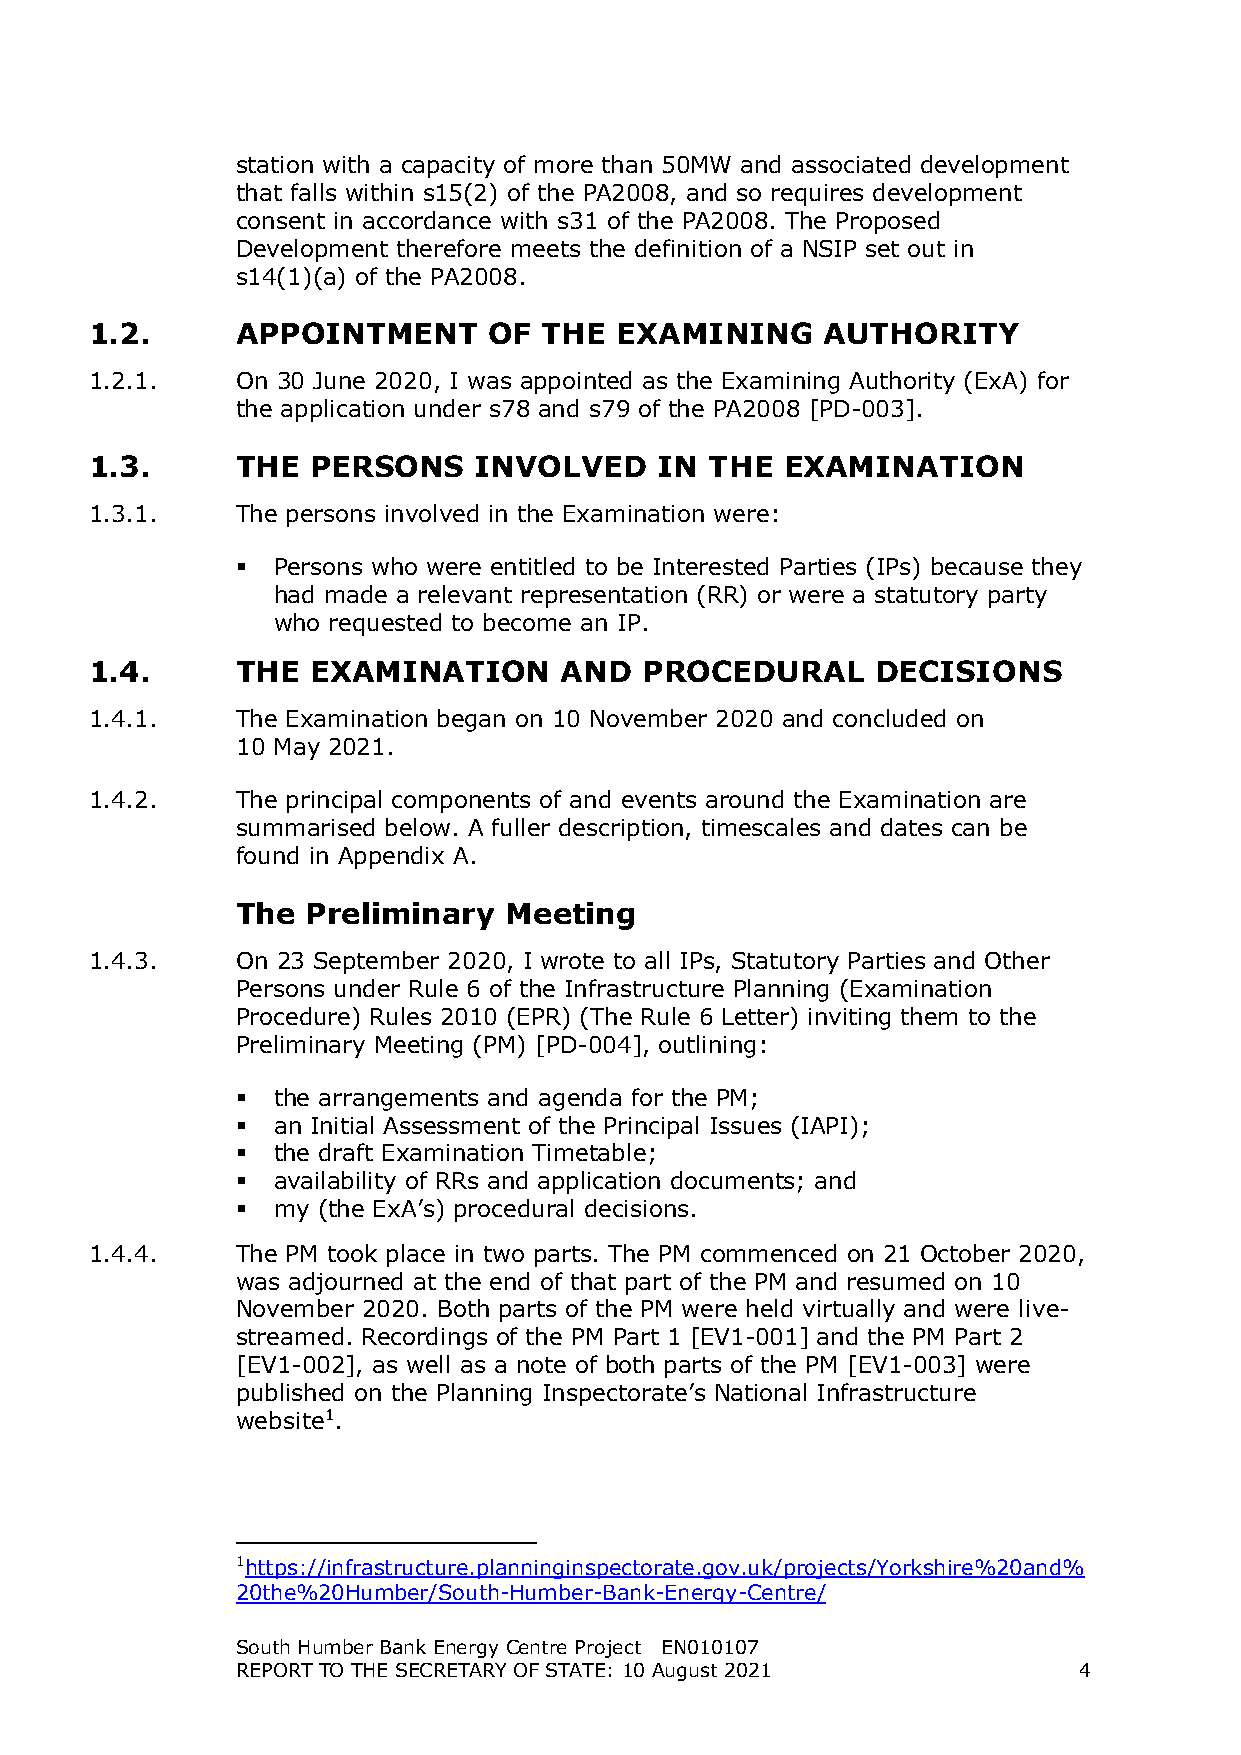
station with a capacity of more than 50MW and associated development
 that falls within s15(2) of the PA2008, and so requires development
 consent in accordance with s31 of the PA2008. The Proposed
 Development therefore meets the definition of a NSIP set out in
 s14(1)(a) of the PA2008.
 1.2.      APPOINTMENT     OF  THE  EXAMINING     AUTHORITY
 1.2.1.    On 30 June 2020, I was appointed as the Examining Authority (ExA) for
 the application under s78 and s79 of the PA2008 [PD-003].
 1.3.      THE  PERSONS   INVOLVED     IN THE  EXAMINATION
 1.3.1.    The persons involved in the Examination were:
  Persons who were entitled to be Interested Parties (IPs) because they
 had made a relevant representation (RR) or were a statutory party
 who requested to become an IP.
 1.4.      THE  EXAMINATION     AND   PROCEDURAL     DECISIONS
 1.4.1.    The Examination began on 10 November 2020 and concluded on
 10 May 2021.
 1.4.2.    The principal components of and events around the Examination are
 summarised below. A fuller description, timescales and dates can be
 found in Appendix A.
 The Preliminary  Meeting
 1.4.3.    On 23 September 2020, I wrote to all IPs, Statutory Parties and Other
 Persons under Rule 6 of the Infrastructure Planning (Examination
 Procedure) Rules 2010 (EPR) (The Rule 6 Letter) inviting them to the
 Preliminary Meeting (PM) [PD-004], outlining:
  the arrangements and agenda for the PM;
  an Initial Assessment of the Principal Issues (IAPI);
  the draft Examination Timetable;
  availability of RRs and application documents; and
  my (the ExA’s) procedural decisions.
 1.4.4.    The PM took place in two parts. The PM commenced on 21 October 2020,
 was adjourned at the end of that part of the PM and resumed on 10
 November 2020. Both parts of the PM were held virtually and were live-
 streamed. Recordings of the PM Part 1 [EV1-001] and the PM Part 2
 [EV1-002], as well as a note of both parts of the PM [EV1-003] were
 published on the Planning Inspectorate’s National Infrastructure
 website1.
 1https://infrastructure.planninginspectorate.gov.uk/projects/Yorkshire%20and%
 20the%20Humber/South-Humber-Bank-Energy-Centre/
 South Humber Bank Energy Centre Project EN010107
 REPORT TO THE SECRETARY OF STATE: 10 August 2021       4